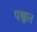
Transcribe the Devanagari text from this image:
पश्वात